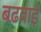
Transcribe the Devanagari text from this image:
बढ़वाई